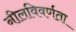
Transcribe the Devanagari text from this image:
नीलविवर्णता